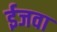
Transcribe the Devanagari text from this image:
ईजवा